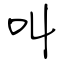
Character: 叫